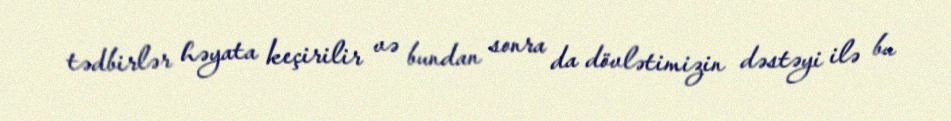
tədbirlər həyata keçirilir və bundan sonra da dövlətimizin dəstəyi ilə bu